Laimjala_vallavalitsus, lk 24
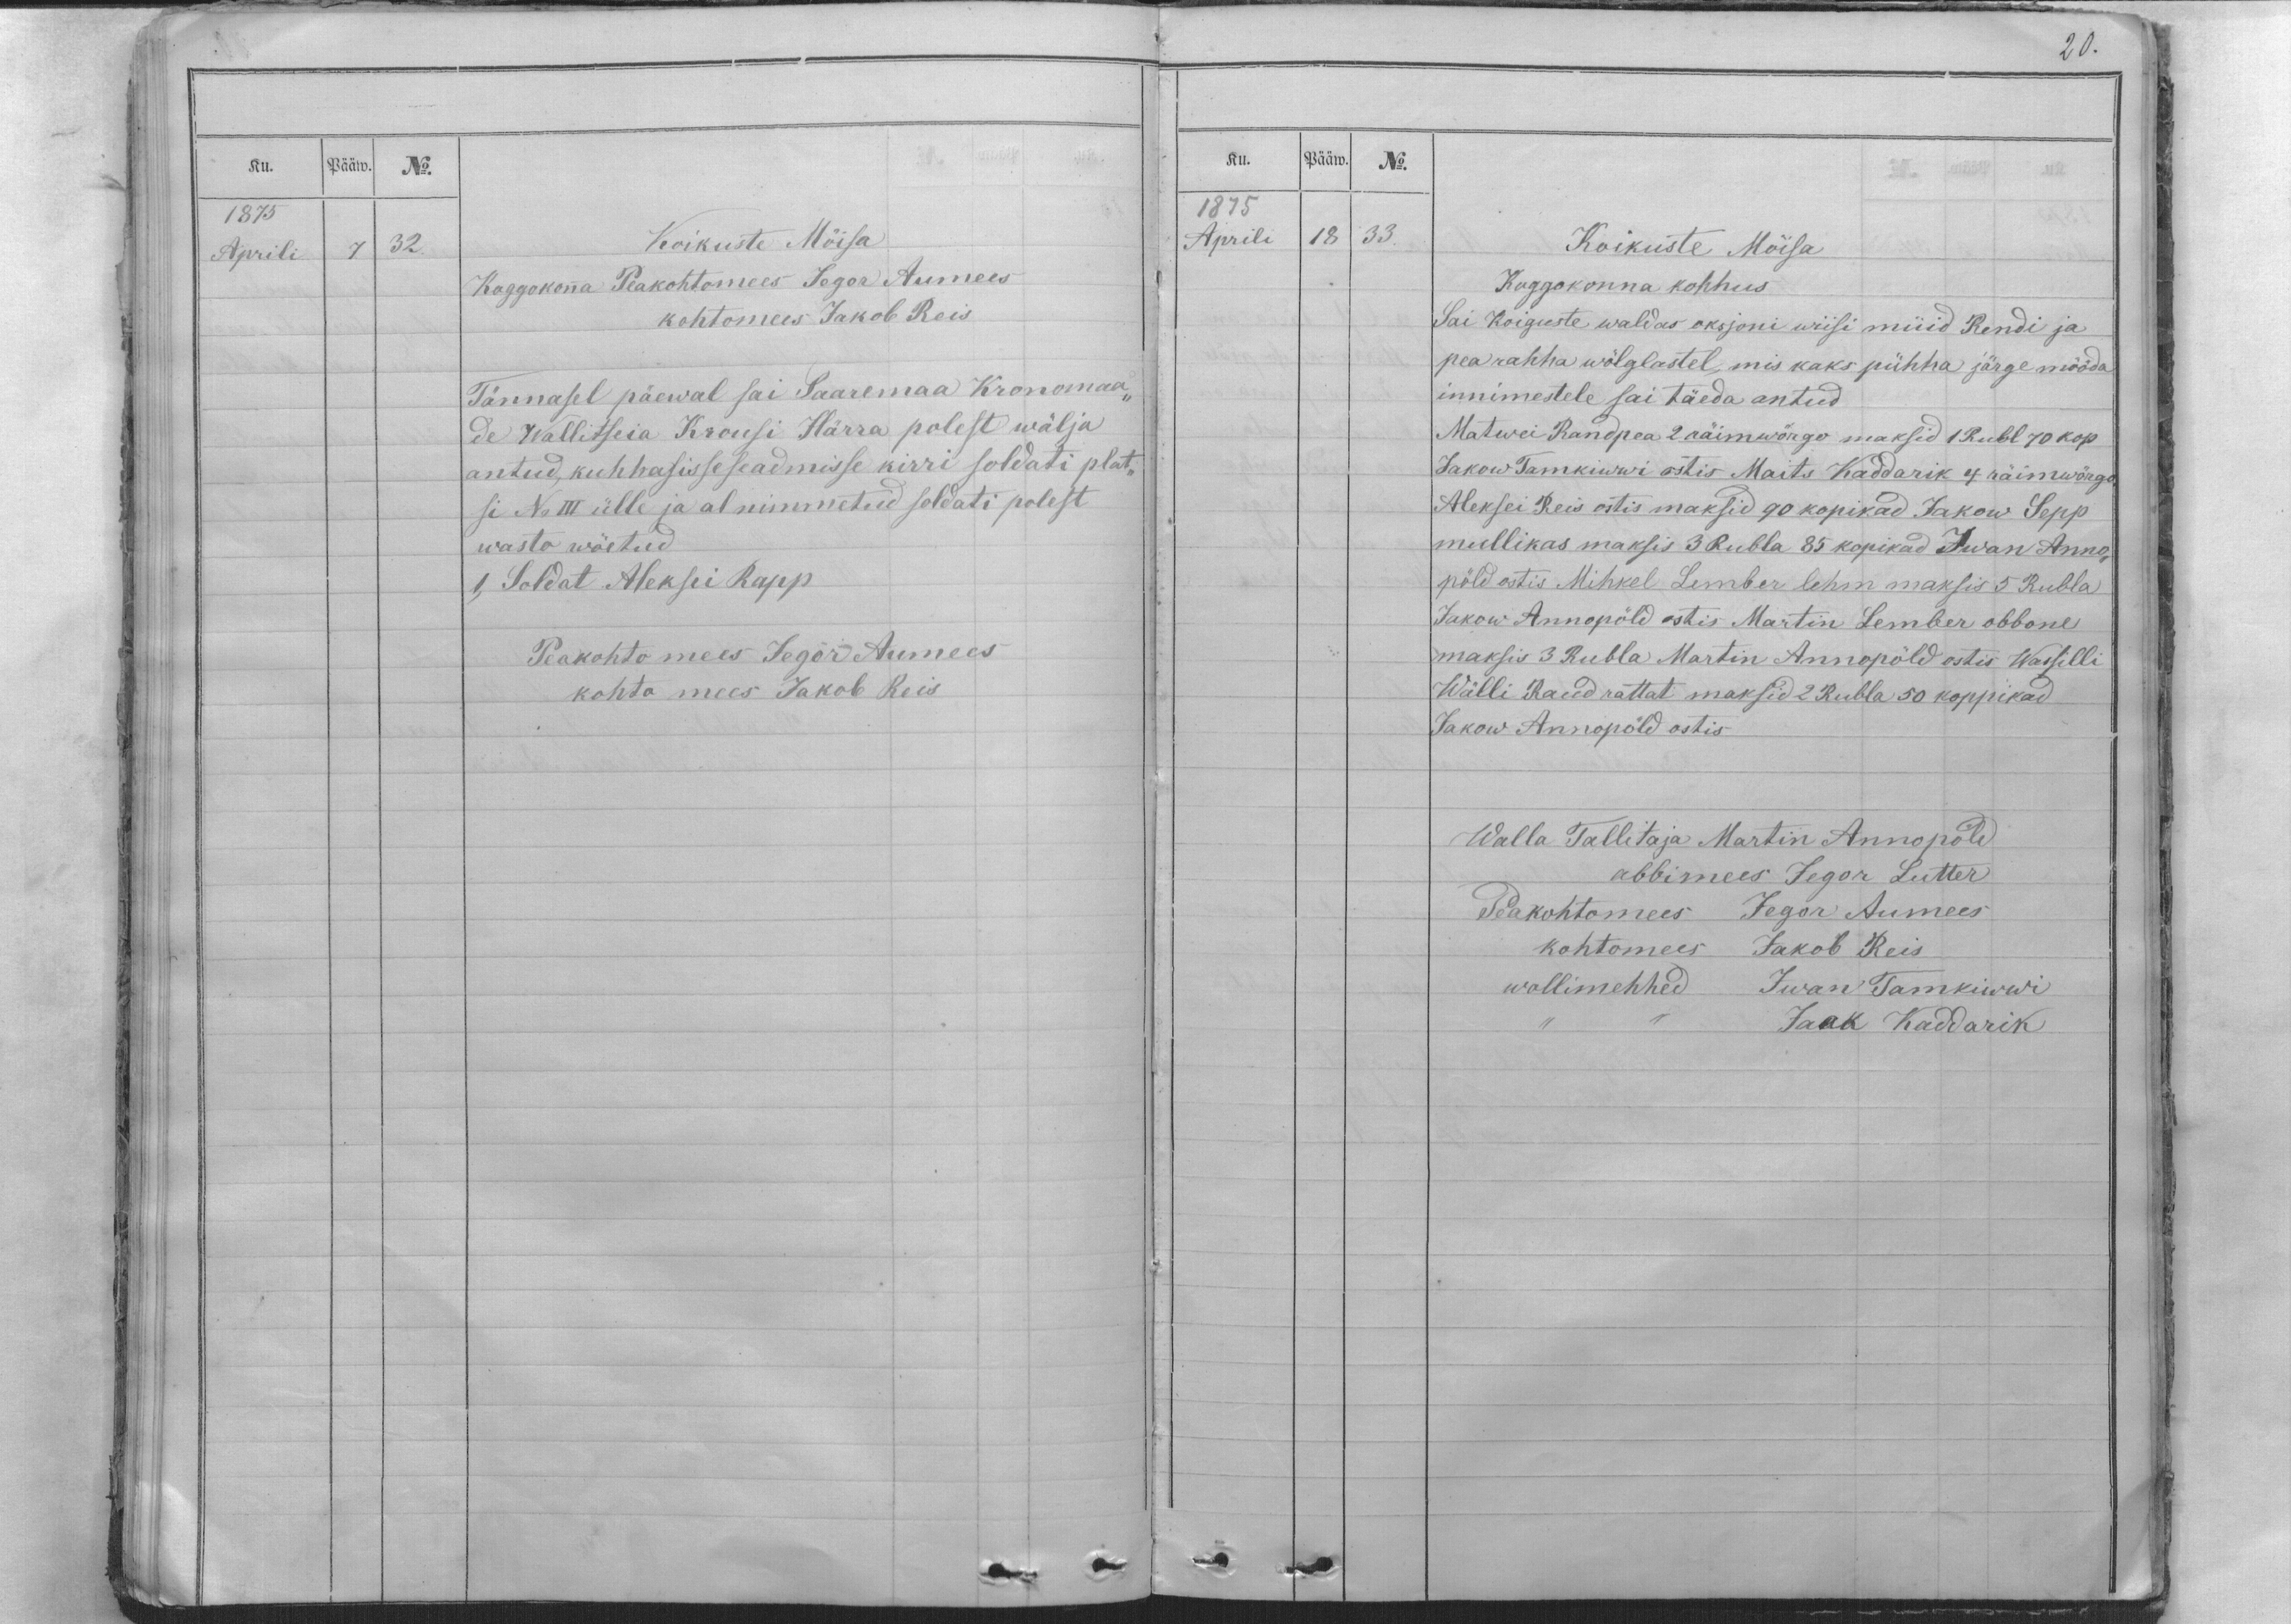
Ku.
Pääw.
No.
1875
Aprili
7.
32.

Koikuste Möisa
Koggokonna Peakohtomees Jegor Aumees
kohtomees Jakob Reis
Tännasel päewal sai Saaremaa Kronomaa-
de Wallitseia Krousi Härra polest wälja
antud, kuhhasisseseadmisse kirri soldati plat-
si No III ülle ja al nimmetud soldati polest
wasto wöetud
1, Soldat Aleksei Rapp
Peakohto mees Jegor Aumees
kohto mees Jakob Reis

Ku.
Pääw.
No.
1875
Aprili
18
33.
Koikuste Möisa
Koggokonna kohhus
Sai Koiguste waldas oksjoni wiisi müid Rendi ja
pea rahha wölglastel, mis kaks pühha järge mööda
innimestele sai täeda antud
Matwei Randpea 2 räimwörgo maksid 1 Rubl 70 kop
Jakow Tamkiwwi ostis Maits Kaddarik 4 räimwörgo.
Aleksei Reis ostis maksid 90 kopikad Jakow Sepp
mullikas maksis 3 Rubla 85 kopikad Iwan Anno-
pöld ostis Mihkel Lember lehm maksis 5 Rubla
Jakow Annopöld ostis Martin Lember obbone
maksis 3 Rubla Martin Annopöld ostis Wassilli
Wälli Raud rattat maksid 2 Rubla 50 koppikad
Jakow Annopöld ostis
Walla Tallitaja Martin Annopöld
abbimees Jegor Lutter
Peakohtomees Jegor Aumees
kohtomees Jakob Reis
wollimehhed Iwan Tamkiwwi
,, ,, Jaak Kaddarik